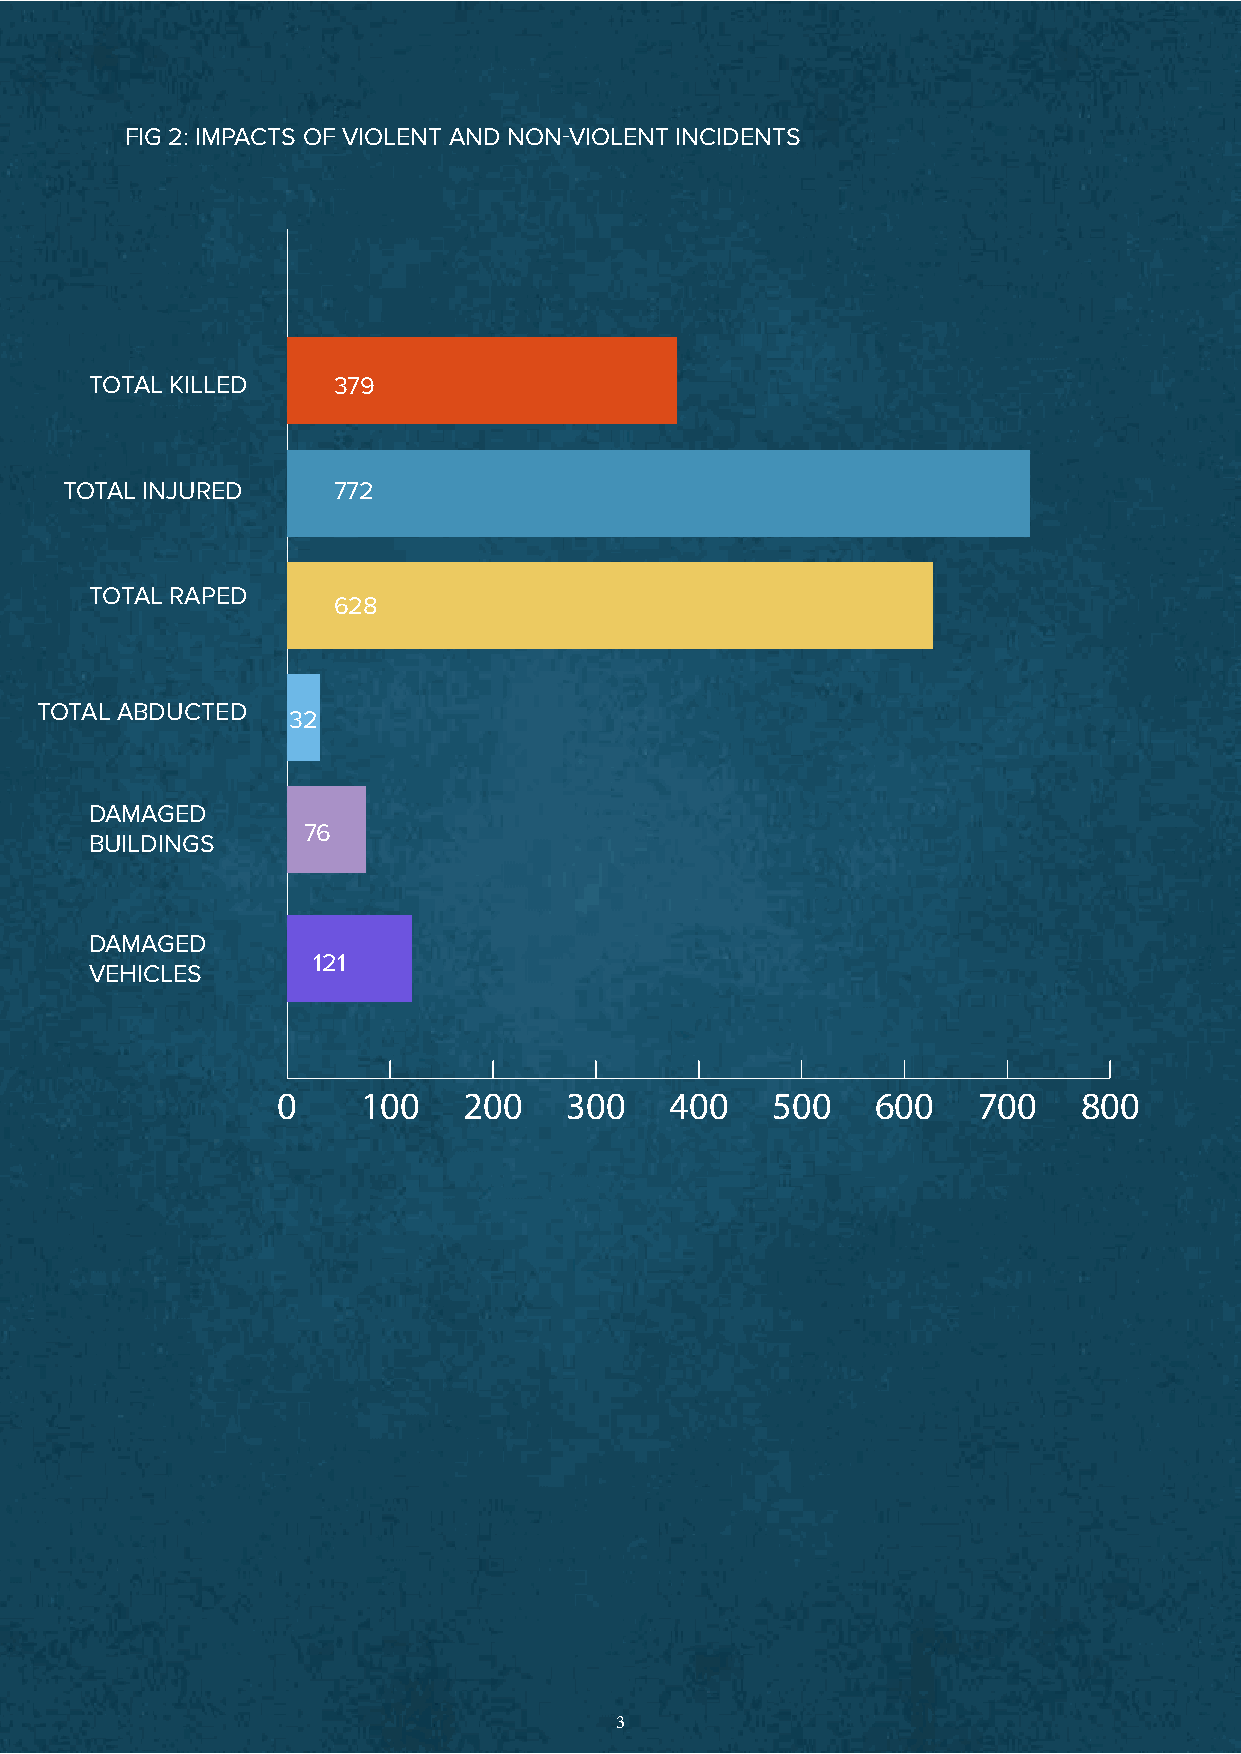
FIG 2: IMPACTS OF VIOLENT AND NON-VIOLENT INCIDENTS
 TOTAL KILLED    379
 TOTAL INJURED     772
 TOTAL RAPED
 628
 TOTAL ABDUCTED
 32
 DAMAGED
 76
 BUILDINGS
 DAMAGED
 121
 VEHICLES
 0     100    200   300    400    500    600    700   800
 3